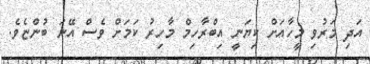
އަދި މަރުވި މީހާއަށް ކިޔަނީ އިބްރާހިމް މާހިރު ކަމަށް ވެސް އޭނަ ބުންޏެވެ.